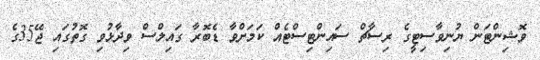
ވޮޝިންޓަން ޔުނިވާސިޓީގެ ރިސާޗް ސައިންޓިސްޓެއް ކަމަށްވާ ޑެބޮރާ ގައިލްސް ވިދާޅުވި ގޮތުގައި ޖޭ35ގެ